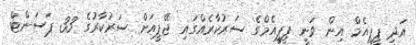
އަދި ޕީޕީއެމް އިން ވަނީ ޕީޕީއެމްގެ ސަރުކާރެއްގައި ޖޭޕީއަށް ސަރުކާރުގެ 33 ޕަސަންޓް